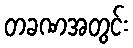
တခဏအတွင်း